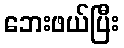
ဘေးဖယ်ပြီး